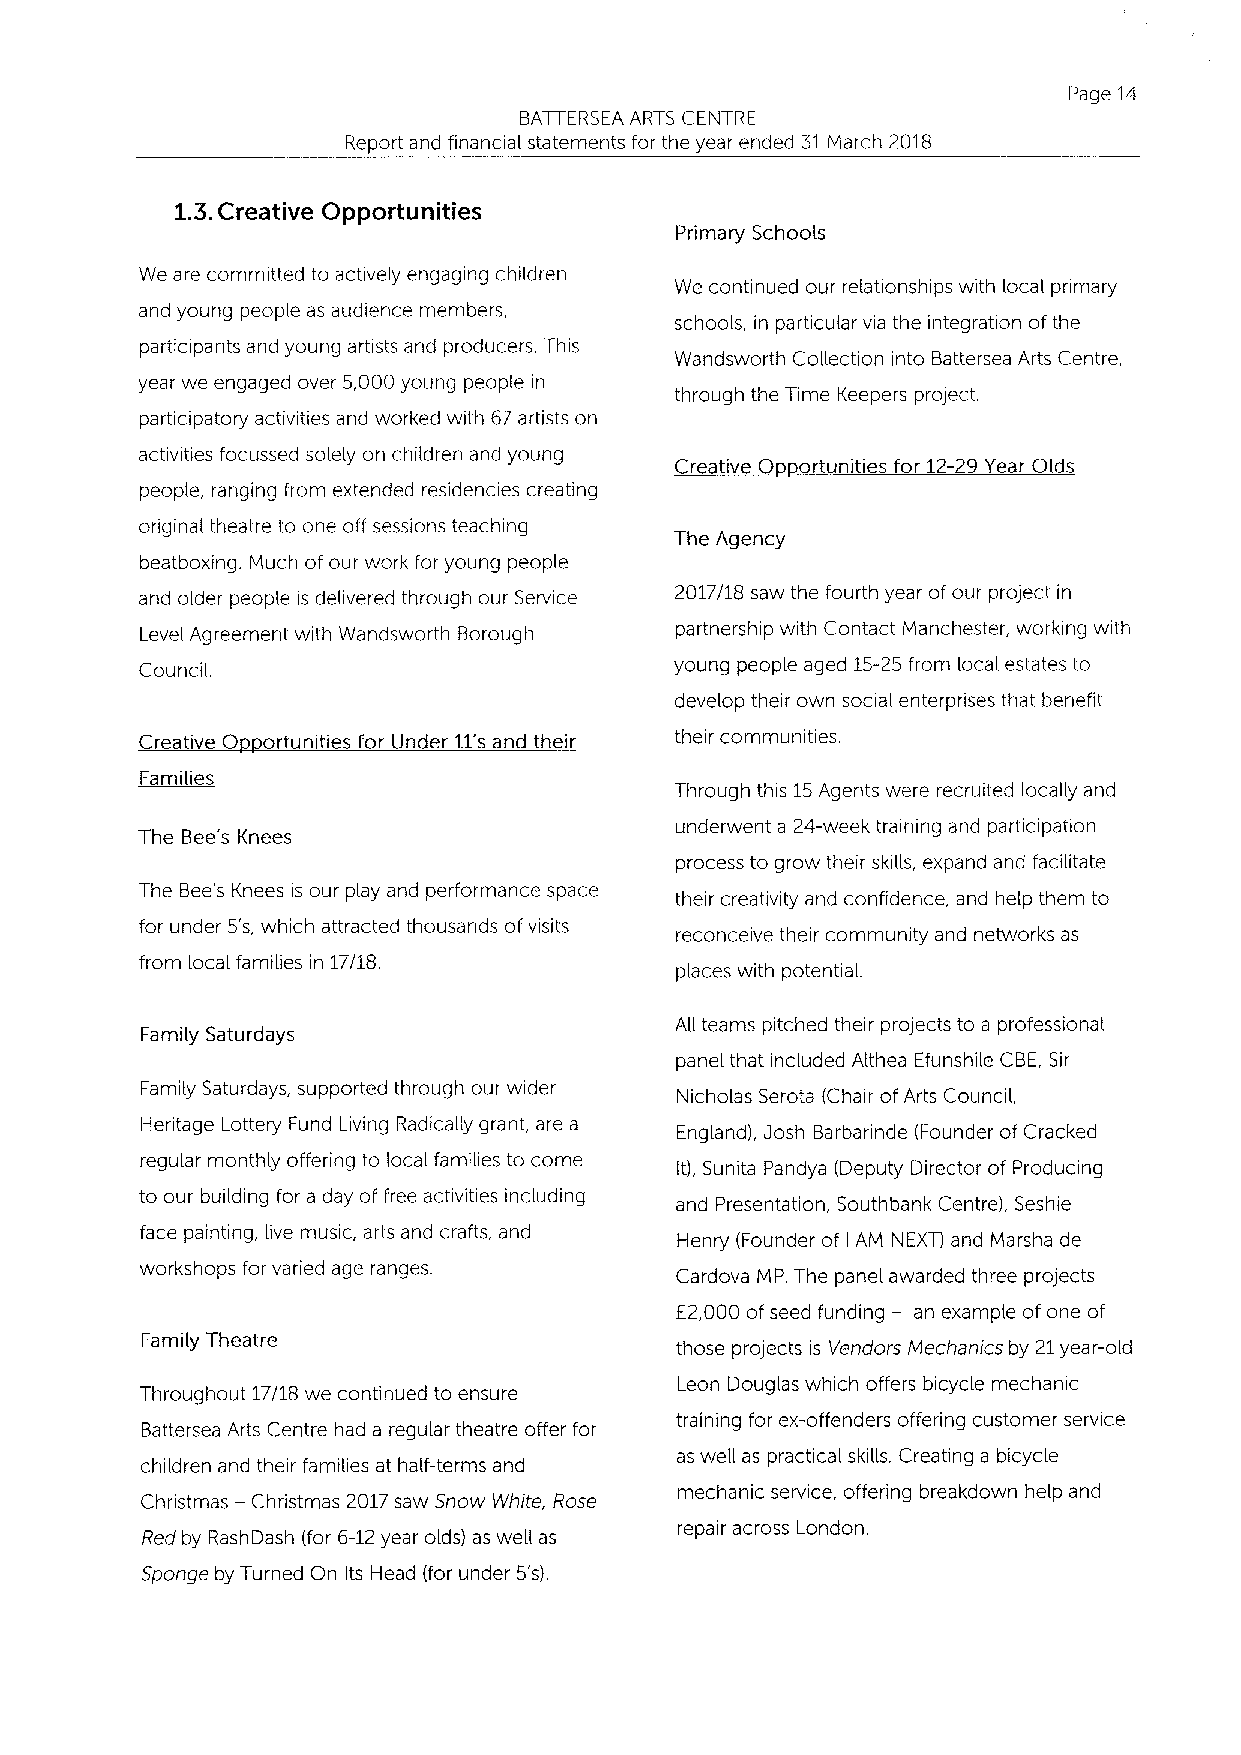
Page 14
 BATTERSEA ARTS CENTRE
 Report and financial statements for the year ended 31March 2018
 1.3.Creative Opportunities
 Schools
 Primary
 We are committed to actively engaging children
 We continued our relationships with local primary
 and young people as audience members,
 schools, in particular via the integration ofthe
 participants and young artists and producers. This
 Wandsworth Collection into Battersea Arts Centre,
 year we engaged over 5,000young people in
 through the Time Keepers project.
 participatory activities and worked with 67artists on
 activities focussed solely on children and young Creative 0 ortunities for 12-29Year Olds
 people, ranging from extended residencies creating
 original theatre to one off sessions teaching
 The Agency
 beatboxing. Much ofour work for young people
 and older people is delivered through our Service 2017/18 saw the fourth year ofour project in
 Level Agreement with Wandsworth Borough partnership with Contact Manchester, working with
 Council.                            young people aged 15-25from local estates to
 develop their own social enterprises that benefit
 Creative 0 ortunities for Under 11'sand their their communities.
 Families
 Through this 15Agents were recruited locally and
 The Bee's Knees                     underwent a 24-week training and participation
 process to grow their skills, expand and facilitate
 The Bee's Knees is our play and performance space their creativity and confidence, and help them to
 for under 5's, which attracted thousands ofvisits
 reconceive their community and networks as
 from local families in 17/18.       places with potential.
 Family Saturdays                    All teams pitched their projects to a professional
 panel that included Althea Efunshile CBE, Sir
 Family Saturdays, supported through our wider Nicholas Scrota (Chair ofArts Council,
 Heritage Lottery Fund Living Radically grant, are a England), Josh Barbarinde (Founder of Cracked
 regular monthly offering to local families to come It), Sunita Pandya (Deputy Director of Producing
 to our building for a day offree activities including and Presentation, Southbank Centre), Seshie
 face painting, live music, arts and crafts, and Henry (Founder of AM NEXT) and Marsha de
 I
 workshops for varied age ranges.
 Cardova MP. The panel awarded three projects
 E2,000 ofseed funding —an example ofone of
 Family Theatre                      those projects is Vendors Mechanics by 21year-old
 Leon Douglas which offers bicycle mechanic
 Throughout 17/18 we continued to ensure
 training for ex-offenders offering customer service
 Battersea Arts Centre had a regular theatre offer for
 as weII as practical skills. Creating a bicycle
 children and their families at half-terms and
 Christmas —Christmas 2017saw Snow White, Rose mechanic service, offering breakdown help and
 Red by RashDash (for 6-12year olds) as well as repair across London.
 Sponge by Turned On Its Head (for under 5's).